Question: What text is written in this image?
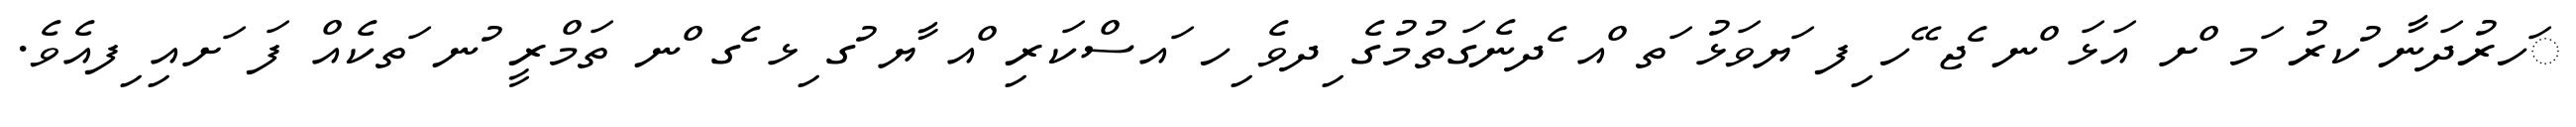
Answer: ަހރުދަނާ ުކރު ަމ ްށ އަޅަ ްނ ެޖ ޭހ ިފ ަޔވަޅު ަތ ްއ ެދނެގަތުމުގެ ިދވެ ިހ ައސްކަރި ްއ ާޔ ުގ ިޅ ެގ ްނ ތަމްރީ ުނ ަތކެއް ފަ ަށއި ިފއެވެ.